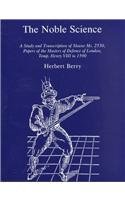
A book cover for The Noble Science: A Study and Transcription of Sloane Ms. 2530, Papers of the Masters of Defence of London, Temp. Henry VIII to 1590; Herbert Berry; Sports & Outdoors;